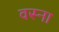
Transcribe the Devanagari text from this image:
वस्ना